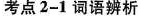
考点2-1 词语辨析